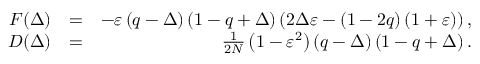
\begin{array} { r l r } { F ( \Delta ) } & { = } & { - \varepsilon \left( q - \Delta \right) \left( 1 - q + \Delta \right) \left( 2 \Delta \varepsilon - \left( 1 - 2 q \right) ( 1 + \varepsilon ) \right) , } \\ { D ( \Delta ) } & { = } & { \frac { 1 } { 2 N } \left( 1 - \varepsilon ^ { 2 } \right) \left( q - \Delta \right) \left( 1 - q + \Delta \right) . } \end{array}